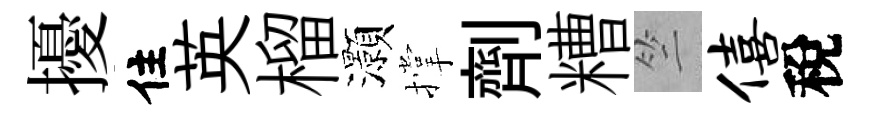
擾住英榴灝撑劑糟竺僖稅